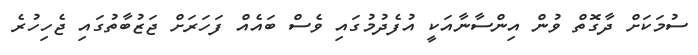
ސުމަކަށް ދާގޮތް ވުން އިންސާނާއަކީ އުފެދުމުގައި ވެސް ބައެއް ފަހަރަށް ޖަޒުބާތުގައި ޖެހިހުރެ